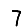
Digit: 7